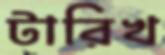
টারিখ